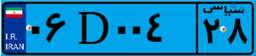
۱۱D۹۸۴۸۰